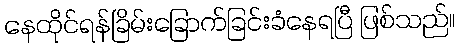
နေထိုင်ရန်ခြိမ်းခြောက်ခြင်းခံနေရပြီ ဖြစ်သည်။